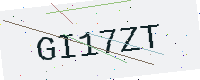
Text: GI17ZT